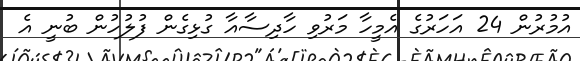
އުމުރުން 24 އަހަރުގެ އެމީހާ މަރުވި ހާދިސާއާ ގުޅިގެން ފުލުހުން ބުނީ އެ